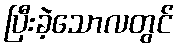
ပြီးခဲ့သောလတွင်